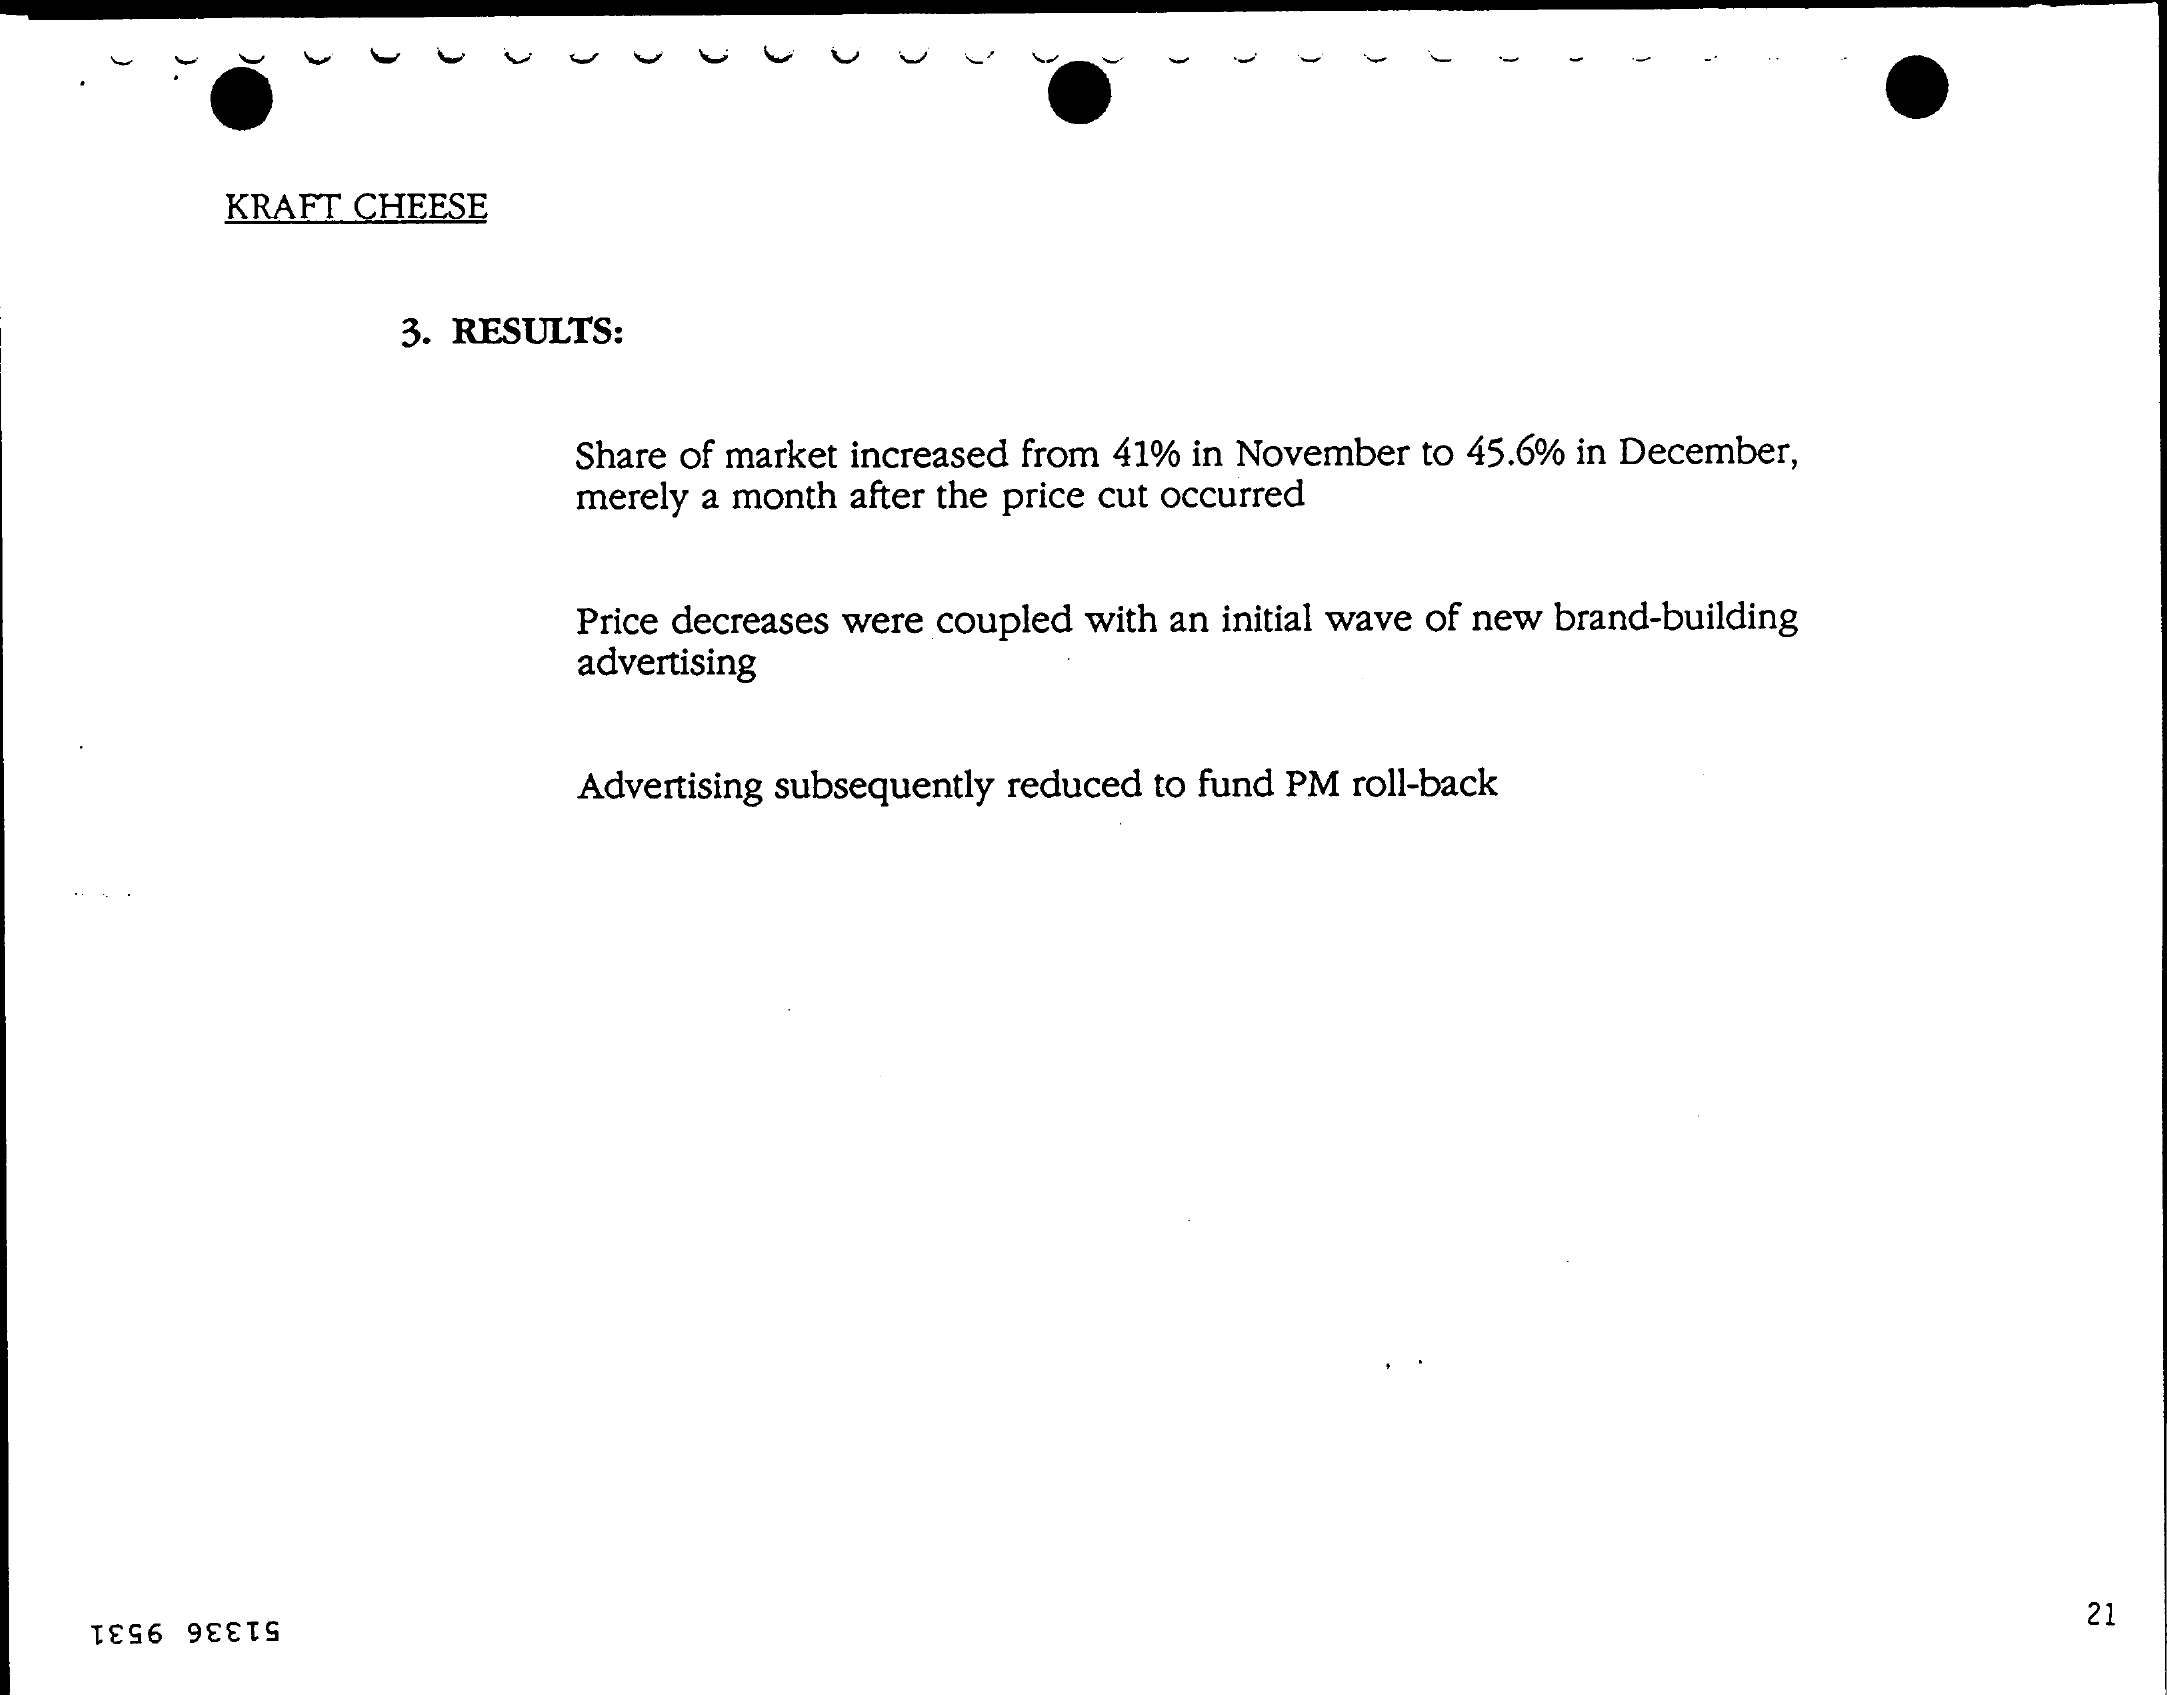
VVVVVVVVW
     KRAFT  CHEESE
     3. RESULTS:
     Share of market increased from 41% in November to 45.6% in December,
     merely a month after the price cut occurred
     Price decreases were coupled with an initial wave of new brand-building
     advertising
     Advertising subsequently reduced to fund PM roll-back
     21
     51336 9531